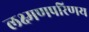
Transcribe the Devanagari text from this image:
लक्ष्मणपरिणय